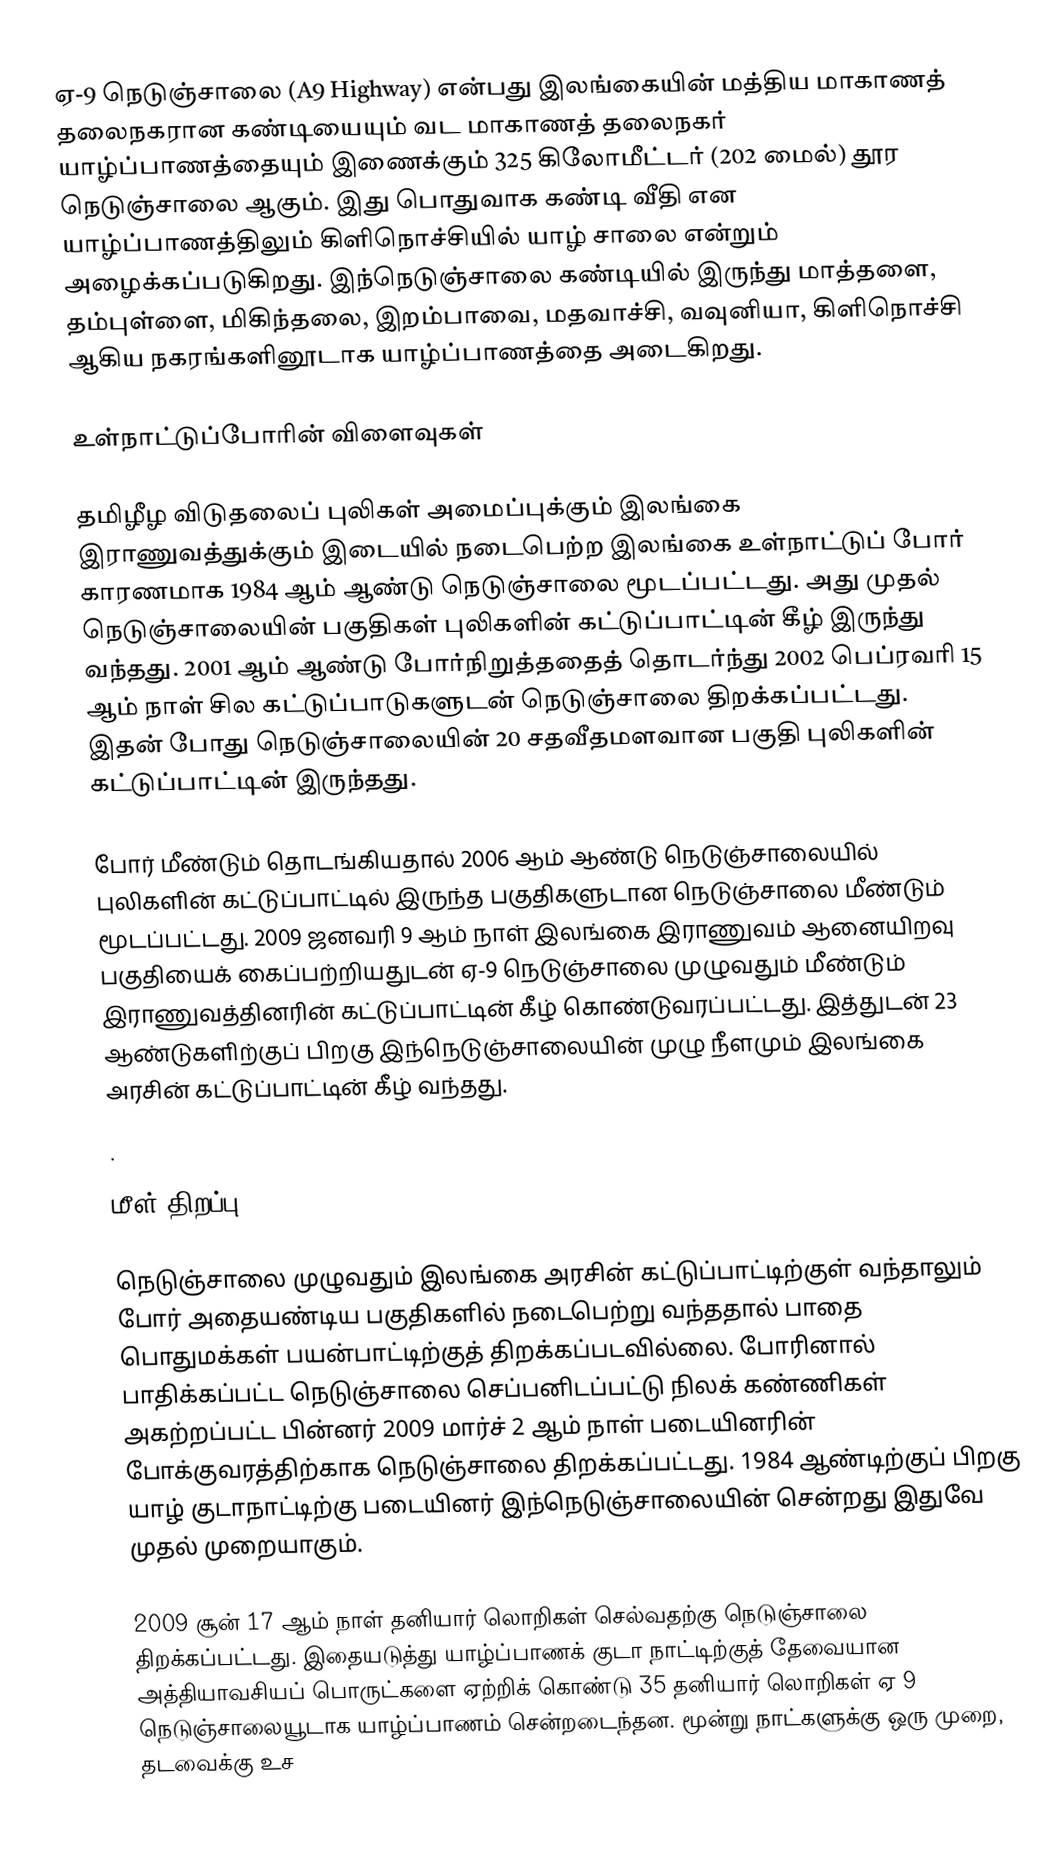
ஏ-9 நெடுஞ்சாலை (A9 Highway) என்பது இலங்கையின் மத்திய மாகாணத் தலைநகரான கண்டியையும் வட மாகாணத் தலைநகர் யாழ்ப்பாணத்தையும் இணைக்கும் 325 கிலோமீட்டர் (202 மைல்) தூர நெடுஞ்சாலை ஆகும். இது பொதுவாக கண்டி வீதி என யாழ்ப்பாணத்திலும் கிளிநொச்சியில் யாழ் சாலை என்றும் அழைக்கப்படுகிறது. இந்நெடுஞ்சாலை கண்டியில் இருந்து மாத்தளை, தம்புள்ளை, மிகிந்தலை, இறம்பாவை, மதவாச்சி, வவுனியா, கிளிநொச்சி ஆகிய நகரங்களினூடாக யாழ்ப்பாணத்தை அடைகிறது.

உள்நாட்டுப்போரின் விளைவுகள்

தமிழீழ விடுதலைப் புலிகள் அமைப்புக்கும் இலங்கை இராணுவத்துக்கும் இடையில் நடைபெற்ற இலங்கை உள்நாட்டுப் போர் காரணமாக 1984 ஆம் ஆண்டு நெடுஞ்சாலை மூடப்பட்டது. அது முதல் நெடுஞ்சாலையின் பகுதிகள் புலிகளின் கட்டுப்பாட்டின் கீழ் இருந்து வந்தது. 2001 ஆம் ஆண்டு போர்நிறுத்ததைத் தொடர்ந்து 2002 பெப்ரவரி 15 ஆம் நாள் சில கட்டுப்பாடுகளுடன் நெடுஞ்சாலை திறக்கப்பட்டது. இதன் போது நெடுஞ்சாலையின் 20 சதவீதமளவான பகுதி புலிகளின் கட்டுப்பாட்டின் இருந்தது.

போர் மீண்டும் தொடங்கியதால் 2006 ஆம் ஆண்டு நெடுஞ்சாலையில் புலிகளின் கட்டுப்பாட்டில் இருந்த பகுதிகளுடான நெடுஞ்சாலை மீண்டும் மூடப்பட்டது. 2009  ஜனவரி 9  ஆம் நாள் இலங்கை இராணுவம் ஆனையிறவு பகுதியைக் கைப்பற்றியதுடன் ஏ-9 நெடுஞ்சாலை முழுவதும் மீண்டும் இராணுவத்தினரின் கட்டுப்பாட்டின் கீழ் கொண்டுவரப்பட்டது. இத்துடன் 23 ஆண்டுகளிற்குப் பிறகு இந்நெடுஞ்சாலையின் முழு நீளமும் இலங்கை அரசின் கட்டுப்பாட்டின் கீழ் வந்தது.
.

மீள் திறப்பு

நெடுஞ்சாலை முழுவதும் இலங்கை அரசின் கட்டுப்பாட்டிற்குள் வந்தாலும் போர் அதையண்டிய பகுதிகளில் நடைபெற்று வந்ததால் பாதை பொதுமக்கள் பயன்பாட்டிற்குத் திறக்கப்படவில்லை. போரினால் பாதிக்கப்பட்ட நெடுஞ்சாலை செப்பனிடப்பட்டு நிலக் கண்ணிகள் அகற்றப்பட்ட பின்னர் 2009 மார்ச் 2 ஆம் நாள் படையினரின் போக்குவரத்திற்காக நெடுஞ்சாலை திறக்கப்பட்டது. 1984 ஆண்டிற்குப் பிறகு யாழ் குடாநாட்டிற்கு படையினர் இந்நெடுஞ்சாலையின் சென்றது இதுவே முதல் முறையாகும்.

2009 சூன் 17 ஆம் நாள் தனியார் லொறிகள் செல்வதற்கு நெடுஞ்சாலை திறக்கப்பட்டது. இதையடுத்து யாழ்ப்பாணக் குடா நாட்டிற்குத் தேவையான அத்தியாவசியப் பொருட்களை ஏற்றிக் கொண்டு 35 தனியார் லொறிகள் ஏ 9 நெடுஞ்சாலையூடாக யாழ்ப்பாணம் சென்றடைந்தன. மூன்று நாட்களுக்கு ஒரு முறை, தடவைக்கு உச